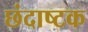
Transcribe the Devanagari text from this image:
छंदाष्टक